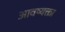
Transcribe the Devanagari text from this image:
आवष्यक्ता